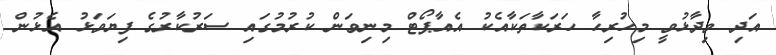
އަދި ވިދާޅުވީ މިހުރިހާ ހަރަކާތަކާއެކު އެއާޕޯޓް މިނިވަން ކުރުމުގައި ސަރުކާރުގެ ފިޔަވަޅު އެޅުން